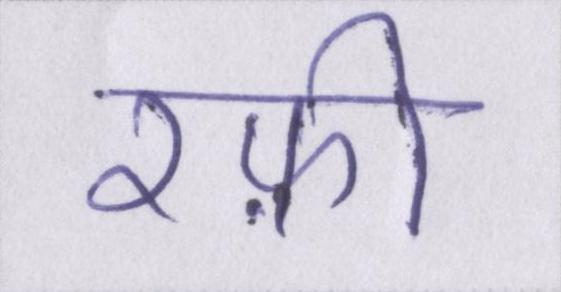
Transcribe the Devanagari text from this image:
रफ़ी